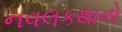
નવલકથાનો